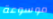
موسوعة